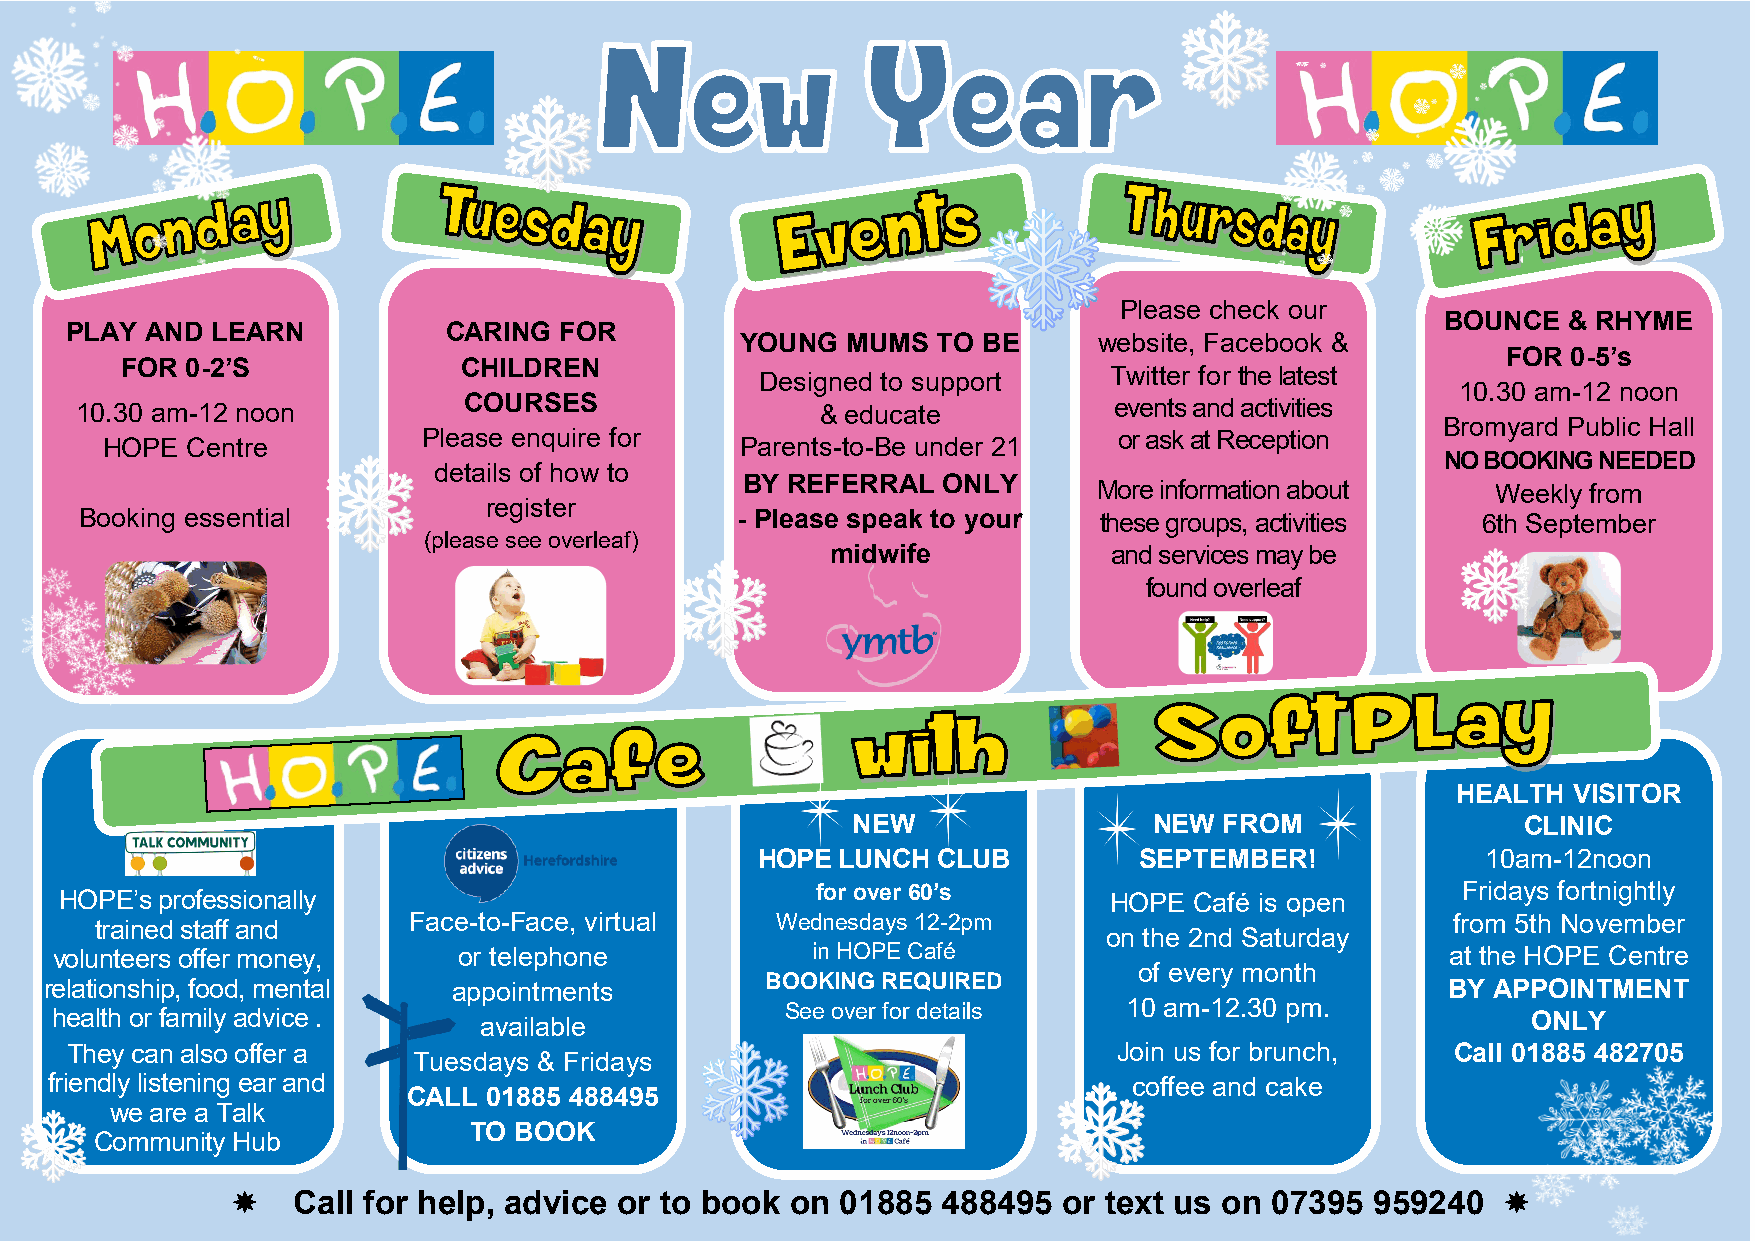
Please check our
 BOUNCE  & RHYME
 PLAY  AND LEARN          CARING  FOR
 YOUNG  MUMS  TO BE      website, Facebook &
 FOR 0-5’s
 FOR 0-2’S              CHILDREN
 Twitter for the latest
 Designed to support
 10.30 am-12 noon
 10.30 am-12 noon          COURSES                & educate           events and activities
 Bromyard Public Hall
 Please enquire for                            or ask at Reception
 HOPE Centre                               Parents-to-Be under 21
 NO BOOKING NEEDED
 details of how to
 BY REFERRAL  ONLY
 More information about    Weekly from
 register
 Booking essential                           - Please speak to your  these groups, activities 6th September
 (please see overleaf)
 midwife           and services may be
 found overleaf
 HEALTH  VISITOR
 NEW                 NEW  FROM                CLINIC
 HOPE  LUNCH CLUB         SEPTEMBER!             10am-12noon
 HOPE’s professionally                             for over 60’s      HOPE  Café is open      Fridays fortnightly
 trained staff and    Face-to-Face, virtual   Wednesdays 12-2pm                            from 5th November
 on the 2nd Saturday
 volunteers offer money,    or telephone            in HOPE Café                              at the HOPE Centre
 of every month
 relationship, food, mental appointments         BOOKING REQUIRED                             BY APPOINTMENT
 health or family advice .    available           See over for details  10 am-12.30 pm.            ONLY
 They can also offer a                                                 Join us for brunch,   Call 01885 482705
 Tuesdays & Fridays
 friendly listening ear and                                              coffee and cake
 CALL 01885 488495
 we are a Talk
 TO BOOK
 Community Hub
 Call   for help, advice or to book on  01885 488495  or text us on 07395  959240  